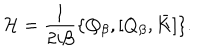
LaTeX: { \cal H } = \frac { 1 } { 2 i \beta } \{ Q _ { \beta } , [ Q _ { \beta } , \bar { K } ] \} .